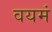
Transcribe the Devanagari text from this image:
वयमं